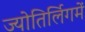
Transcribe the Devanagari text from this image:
ज्योतिर्लिगमें